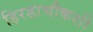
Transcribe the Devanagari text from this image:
हिरडाचौकशी